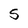
Character: S